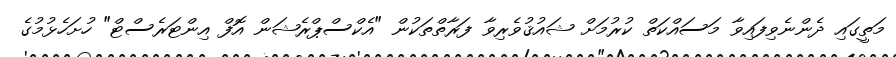
މަތީގައި ދެންނެވިފައިވާ މަސައްކަތް ކުރުމަށް ޝައުޤުވެރިވާ ފަރާތްތަކުން "އެކްސްޕްރެޝަން އޮފް އިންޓަރެސްޓް" ހުށަހެޅުމުގެ